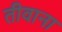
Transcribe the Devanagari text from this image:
तीवाना